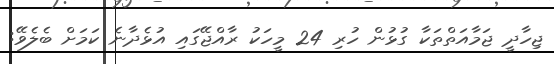
ޖިހާދީ ޖަމާއަތްތަކާ ގުޅުން ހުރި 24 މީހަކު ރާއްޖޭގައި އުޅެދާނެ ކަމަށް ބެލެވޭ: